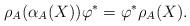
LaTeX: \begin{align*}\rho_A(\alpha_A(X))\varphi^*=\varphi^*\rho_A(X).\end{align*}